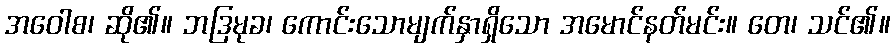
အဝေါစ၊ ဆို၏။ ဘဒြမုခ၊ ကောင်းသောမျက်နှာရှိသော အမောင်နတ်မင်း။ တေ၊ သင်၏။